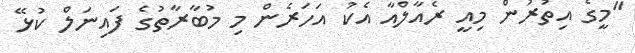
"މީގެ އިތުރުން މިއީ ރެއާލްއާ އެކު އަހަރެން މި މުބާރާތުގެ ފައިނަލް ކުޅޭ